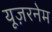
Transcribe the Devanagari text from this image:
यूज़रनेम